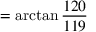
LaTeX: = \arctan { \frac { 1 2 0 } { 1 1 9 } }